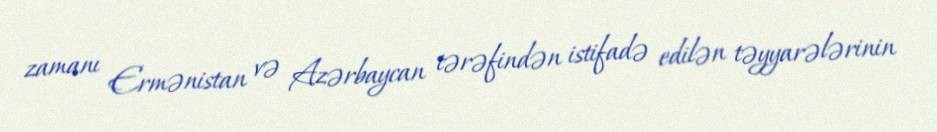
zamanı Ermənistan və Azərbaycan tərəfindən istifadə edilən təyyarələrinin